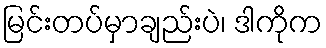
မြင်းတပ်မှာချည်းပဲ၊ ဒါကိုက